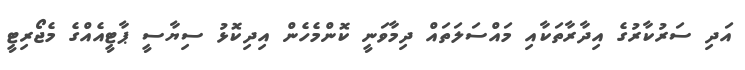
އަދި ސަރުކާރުގެ އިދާރާތަކާއި މައްސަލަތައް ދިމާވަނީ ކޮންމެހެން އިދިކޮޅު ސިޔާސީ ޕާޓީއެއްގެ މެޖޯރިޓީ